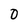
Character: 0